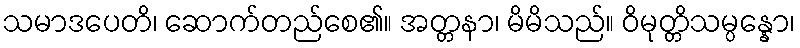
သမာဒပေတိ၊ ဆောက်တည်စေ၏။ အတ္တနာ၊ မိမိသည်။ ဝိမုတ္တိသမ္ပန္နော၊